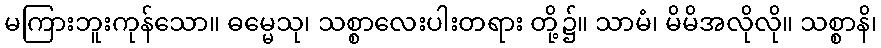
မကြားဘူးကုန်သော။ ဓမ္မေသု၊ သစ္စာလေးပါးတရား တို့၌။ သာမံ၊ မိမိအလိုလို။ သစ္စာနိ၊